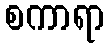
စကာရာ